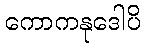
ကောကနုဒေါပိ